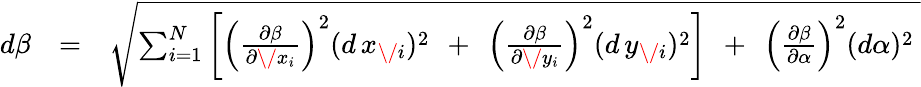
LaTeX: \begin{array}{rlr}{d\beta}&{=}&{\sqrt{\sum_{i=1}^{N}\left[\left({\frac{\partial\beta}{\partial\/ x_{i}}}\right)^{2}(d\, x_{\mathit\/ i})^{2}\mathrm{\, ~+~\, }\left({\frac{\partial\beta}{\partial\/ y_{i}}}\right)^{2}(d\, y_{\mathit\/ i})^{2}\right]\mathrm{\, ~+~\, }\left({\frac{\partial\beta}{\partial\alpha}}\right)^{2}(d\alpha)^{2}\ }}\end{array}